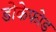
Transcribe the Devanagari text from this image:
डोकेफोड